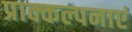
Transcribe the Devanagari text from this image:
प्राक्कल्पनाएं